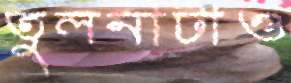
তুলনাটাও